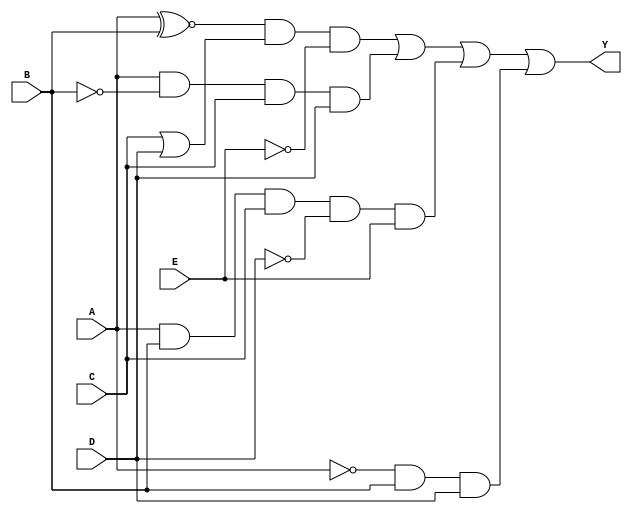
module five_variable_kmap (
    input wire A,    // Input variable A
    input wire B,    // Input variable B
    input wire C,    // Input variable C
    input wire D,    // Input variable D
    input wire E,    // Input variable E
    output wire Y    // Output of the simplified Boolean function
);

// K-map logic (example logic based on hypothetical groupings)
assign Y = 
    (A ~^ B) & (C | D) & (~E) |    // Group 1: Minterms in the first grouping
    (A & ~B & C & D) |               // Group 2: Minterms in another grouping
    (A & B & C & ~D & E) |          // Group 3: More minterms
    (~A & B & D);                   // Group 4: Additional minterms

endmodule